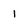
Character: 1